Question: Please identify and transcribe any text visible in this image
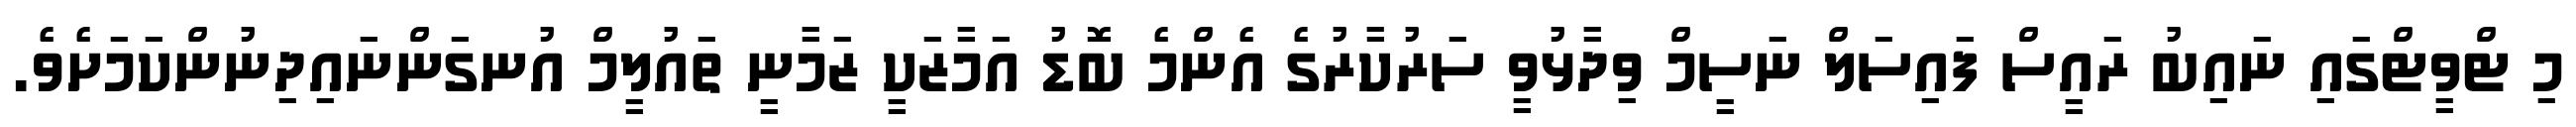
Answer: މި ޓްވީޓްގައި ނައިބު ރައީސް ފައިސަލް ނަސީމް ވިދާޅުވީ ސަރުކާރުގެ އެންމެ ބޮޑު އަމާޒަކީ ޒަމާނީ ތައުލީމް އުނގަންނައިދިނުންކަމަށެވެ.